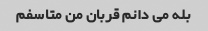
بله می دانم قربان من متاسفم